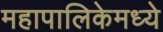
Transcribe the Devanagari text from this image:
महापालिकेमध्ये